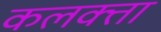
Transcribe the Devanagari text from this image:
कलक्‍त्ता